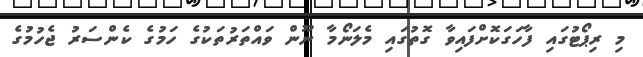
މި ރިޕޯޓުގައި ފާހަގަކޮށްފައިވާ ގޮތުގައި މެލަނޯމާ ނޫން ވައްތަރުތަކުގެ ހަމުގެ ކެންސަރު ޖެހުމުގެ